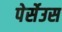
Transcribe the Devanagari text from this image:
पेर्सेउस